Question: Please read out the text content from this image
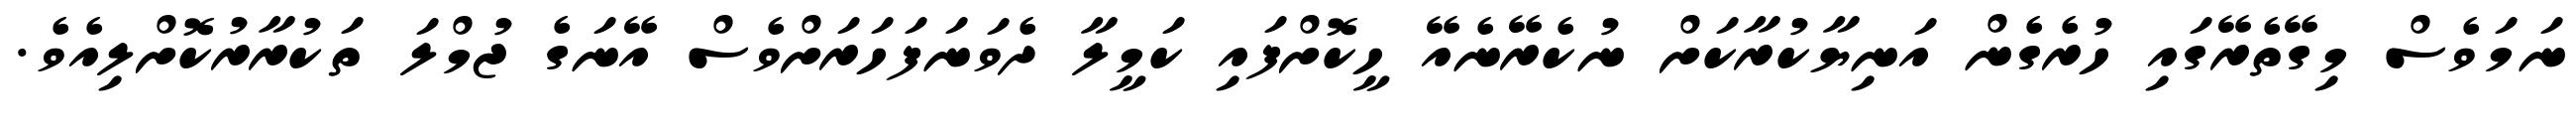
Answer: ނަމަވެސް މިގޭތެރޭގައި ހުރެގެން އަނިޔާކުރާކަށް ނުކެރޭނެއޭ ހީކޮށްފައި ކަމީލާ ދެވަނަފަހަރަށްވެސް އޭނަގެ ޖުމްލަ ތަކުރާރުކޮށްލިއެވެ.